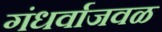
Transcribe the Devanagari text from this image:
गंधर्वाजवळ